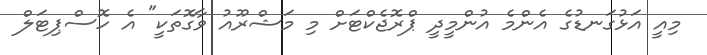
މިއީ އަޅުގަނޑުގެ އެންމެ އުންމީދީ ޕްރޮޖެކްޓަށް މި މަޝްރޫއު ވާގޮތަކީ" އެ ހޮސްޕިޓަލް